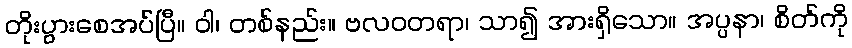
တိုးပွားစေအပ်ပြီ။ ဝါ၊ တစ်နည်း။ ဗလဝတရာ၊ သာ၍ အားရှိသော။ အပ္ပနာ၊ စိတ်ကို